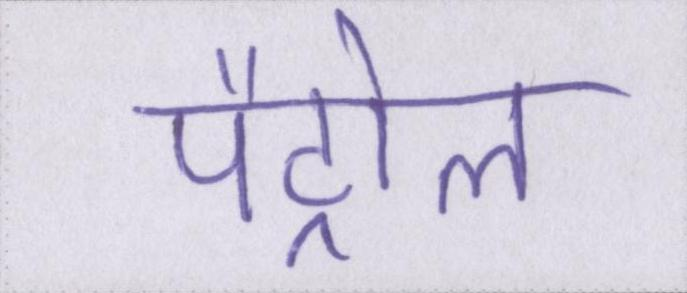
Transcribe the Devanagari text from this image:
पैट्रोल